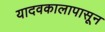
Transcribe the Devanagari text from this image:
यादवकालापासून